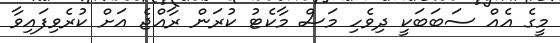
މީގެ އެއް ސަބަބަކީ ދިވެހި މަސް މާކެޓު ކުރަން ރާއްޖެ އަށް ކުރެވިފައިވާ